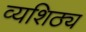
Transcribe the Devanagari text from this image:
व्यशिठ्य